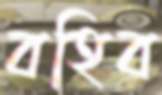
বহিব